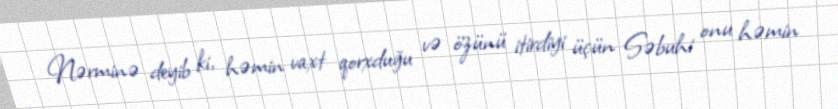
Nərminə deyib ki, həmin vaxt qorxduğu və özünü itirdiyi üçün Səbuhi onu həmin